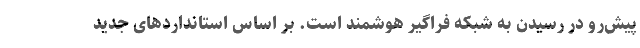
پیش‌رو در رسیدن به شبکه فراگیر هوشمند است. بر اساس استانداردهای جدید